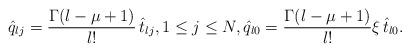
LaTeX: \begin{align*}\hat q_{lj}=\frac{\Gamma(l-\mu+1)} {l!}\, \hat t_{lj}, 1\le j\le N, \hat q_{l0}=\frac{\Gamma(l-\mu+1)} {l!} \xi\, \hat t_{l0}.\end{align*}